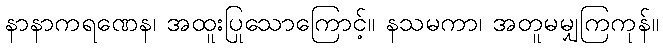
နာနာကရဏေန၊ အထူးပြုသောကြောင့်။ နသမကာ၊ အတူမမျှကြကုန်။